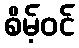
စိမ့်ဝင်